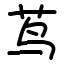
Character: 茑